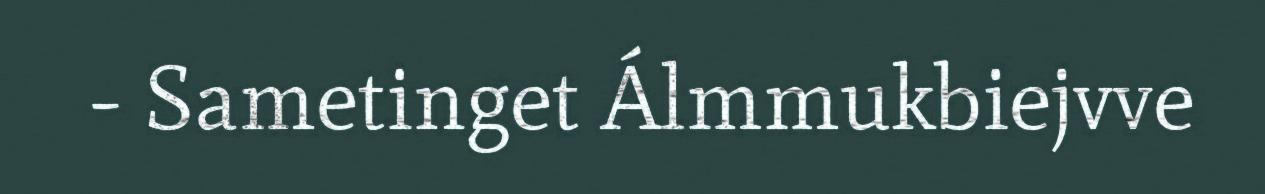
- Sametinget Álmmukbiejvve